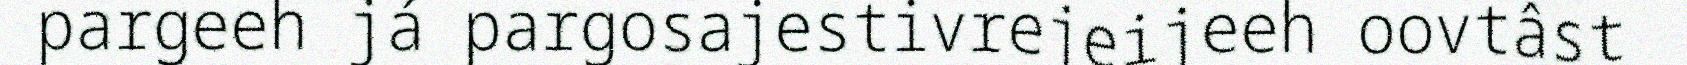
pargeeh já pargosajestivrejeijeeh oovtâst